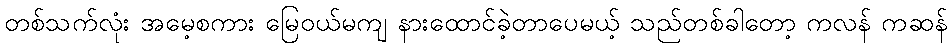
တစ်သက်လုံး အမေ့စကား မြေဝယ်မကျ နားထောင်ခဲ့တာပေမယ့် သည်တစ်ခါတော့ ကလန် ကဆန်